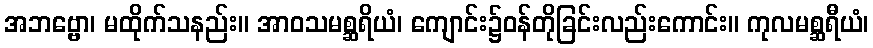
အဘဗ္ဗော၊ မထိုက်သနည်း။ အာဝသမစ္ဆရိယံ၊ ကျောင်း၌ဝန်တိုခြင်းလည်းကောင်း။ ကုလမစ္ဆရီယံ၊